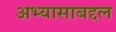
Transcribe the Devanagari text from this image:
अभ्यासाबद्दल